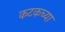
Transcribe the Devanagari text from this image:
कटकच्या